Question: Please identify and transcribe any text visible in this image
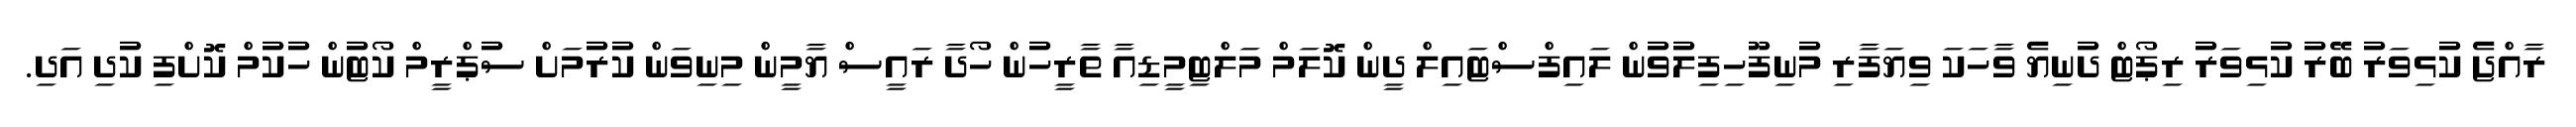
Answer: ރާއްޖެ ކުޅިވަރު ބޭރު ކުޅިވަރު ރިޕޯޓް ދުނިޔެ ވާހަކަ ވިޔަފާރި މުނިފޫހިފިލުވުން ލައިފްސްޓައިލް ދީން ކޮލަމް މަލްޓިމީޑިއާ ތާރީހުން ހޯދާ ރައީސް ޔާމީން މިނިވަން ކުރުމަށް ސުޕްރީމް ކޯޓުން ހުކުމް ކޮށްފި ކުދި އަދި.